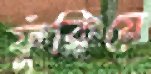
ফুঁকিয়ে